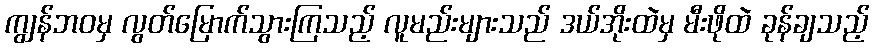
ကျွန်ဘဝမှ လွတ်မြောက်သွားကြသည့် လူမည်းများသည် ဒယ်အိုးထဲမှ မီးဖိုထဲ ခုန်ချသည့်